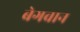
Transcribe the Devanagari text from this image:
बेगवान